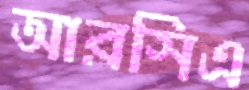
আরসিএ